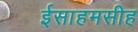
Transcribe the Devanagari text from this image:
ईसाहमसीह